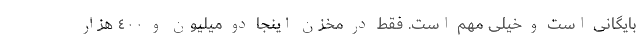
بایگانی است و خیلی مهم است. فقط در مخزن اینجا دو میلیون و ٤٠٠ هزار